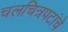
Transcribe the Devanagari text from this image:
चलचित्रपटांचे